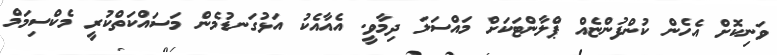
ވަނިކޮށް އެހެން ކުންފުންޏެއް ޕްލާންޓަކަށް މައްސަލަ ދިމާވީ. އެއާއެކު އަޅުގަނޑުމެން މަސައްކަތްކުރީ މެކްސިމަމް